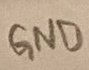
Text: GND